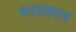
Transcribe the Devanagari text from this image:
भारतपन